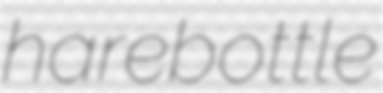
harebottle